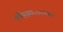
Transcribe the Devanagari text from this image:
मैन्स॰॰॰॰॰॰॰